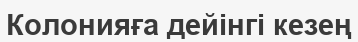
Колонияға дейінгі кезең